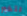
لتخبر